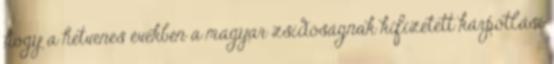
hogy a hetvenes években a magyar zsidóságnak kifizetett kárpótlási